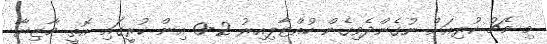
މި މެޗު ކުރިއަށް ނުގެންދެވިގެން ހުއްޓާލިއިރު 2-0 އިން ކުރީގައި އޮތީ މާޒިޔާ